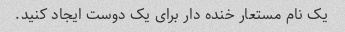
یک نام مستعار خنده دار برای یک دوست ایجاد کنید.